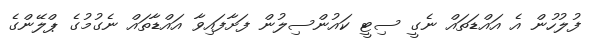
ފުލުހުން އެ އައްޑަތައް ނެގީ ސިޓީ ކައުންސިލުން ފަށާފައިވާ އައްޑާތައް ނެގުމުގެ ޕްލޭންގެ